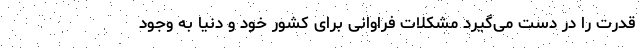
قدرت را در دست می‌گیرد مشکلات فراوانی برای کشور خود و دنیا به وجود